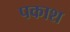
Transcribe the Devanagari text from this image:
पकाश